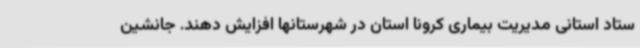
ستاد استانی مدیریت بیماری کرونا استان در شهرستانها افزایش دهند. جانشین